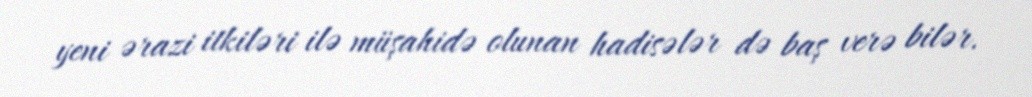
yeni ərazi itkiləri ilə müşahidə olunan hadisələr də baş verə bilər.